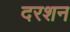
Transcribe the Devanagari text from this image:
दरशन